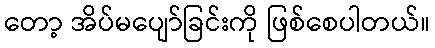
တော့ အိပ်မပျော်ခြင်းကို ဖြစ်စေပါတယ်။